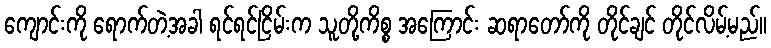
ကျောင်းကို ရောက်တဲ့အခါ ရင်ရင်ငြိမ်းက သူတို့ကိစ္စ အကြောင်း ဆရာတော်ကို တိုင်ချင် တိုင်လိမ့်မည်။